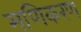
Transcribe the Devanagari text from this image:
मणिकरण